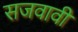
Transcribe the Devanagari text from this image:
सजवावी